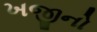
ખજીનો